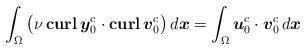
LaTeX: \begin{align*} &\int_{\Omega} \big( \nu \, \textbf{curl} \, \boldsymbol{y}_0^c \cdot \textbf{curl} \, \boldsymbol{v}_0^c \big)\,d\boldsymbol{x} = \int_{\Omega} \boldsymbol{u}^c_0 \cdot \boldsymbol{v}_0^c\,d\boldsymbol{x}\end{align*}